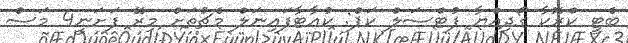
ބެޓީ ކްރޮކާ ގޯދިއްޔާ ފުޓްސަލް ކަޕް: ކުއާޓާފައިނަލް މެޗުތަށް މިރޭ ފަށަނީ4 މަސް